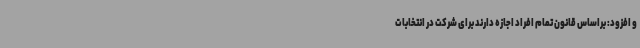
و افزود: براساس قانون تمام افراد اجازه دارند برای شرکت در انتخابات